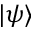
| \psi \rangle